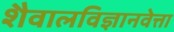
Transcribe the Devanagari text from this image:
शैवालविज्ञानवेत्ता